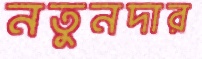
নতুনদার